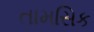
તામસિક